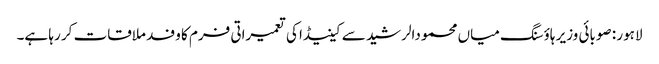
لاہور : صوبائی وزیر ہاؤسنگ میاں محمودالرشید سے کینیڈا کی تعمیراتی فرم کا وفد ملاقات کر رہا ہے۔